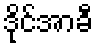
ဒိုင်အာခီ